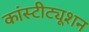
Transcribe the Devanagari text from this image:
कांस्टीट्यूशन